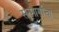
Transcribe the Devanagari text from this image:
सन्मार्गाचा